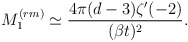
\begin{align*}M_1^{(rm)} \simeq \frac{4\pi (d-3) \zeta' (-2)}{(\beta t)^2}.\end{align*}